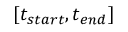
[ t _ { s t a r t } , t _ { e n d } ]